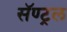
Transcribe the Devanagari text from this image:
सॅण्ट्रल